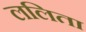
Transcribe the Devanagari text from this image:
ललिता